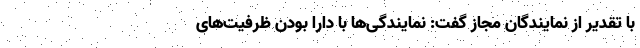
با تقدیر از نمایندگان مجاز گفت: نمایندگی‌ها با دارا بودن ظرفیت‌های